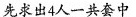
先求出4人一共套中